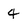
Character: 4